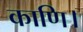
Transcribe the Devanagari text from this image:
काणि।